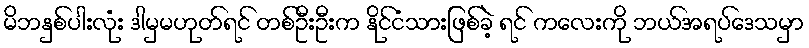
မိဘနှစ်ပါးလုံး ဒါမှမဟုတ်ရင် တစ်ဦးဦးက နိုင်ငံသားဖြစ်ခဲ့ ရင် ကလေးကို ဘယ်အရပ်ဒေသမှာ